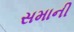
સમાની